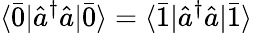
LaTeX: \langle\bar{0}|\hat{a}^{\dagger}\hat{a}|\bar{0}\rangle=\langle\bar{1}|\hat{a}^{\dagger}\hat{a}|\bar{1}\rangle